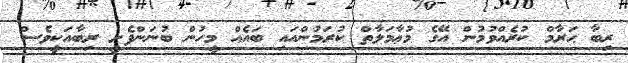
ރިބާ ޙަރާމް ކުރެއްވުމުން އޭގެ މުޢާމަލާތް ކުރަމުންއައި ބައެއް މީހުން ބުނަންފެށީ ރިބާއަކީވެސް